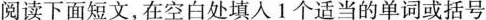
阅读下面短文,在空白处填人 1 个适当的单词或括号